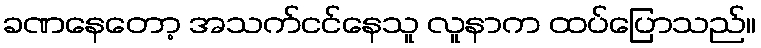
ခဏနေတော့ အသက်ငင်နေသူ လူနာက ထပ်ပြောသည်။